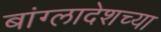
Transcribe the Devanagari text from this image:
बांग्लादेशच्या